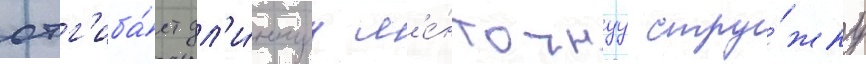
отг'иба́ет дл'и́ннуу л'е́нточнуу стру́жку